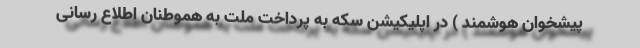
پیشخوان هوشمند ) در اپلیکیشن سکه به پرداخت ملت به هموطنان اطلاع رسانی